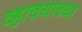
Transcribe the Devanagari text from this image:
व्हावयाच्या